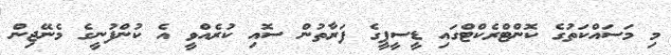
މި މަސައްކަތުގެ ކޮންޓްރެކްޓްގައި ޑީސީޕީގެ ފަރާތުން ސޮއި ކުރެއްވީ އެ ކުންފުނީގެ މެނޭޖިން